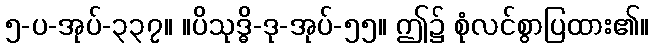
၅-ပ-အုပ်-၃၃၇။ ။ပိသုဒ္ဓိ-ဒု-အုပ်-၅၅။ ဤ၌ စုံလင်စွာပြထား၏။